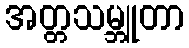
အတ္တသမ္ဘူတာ